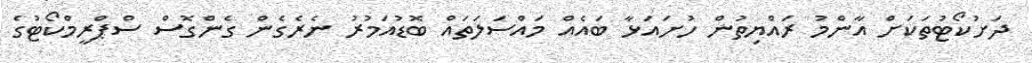
ދަށުކޯޓުތަކަށް އާންމު ރައްޔިތުން ހުށައަޅާ ބައެއް މައްސަލަތައް ބޮޑުއަމުރު ނެރެގެން ގެންގޮސް ސްޕްރީމްކޯޓުގެ